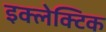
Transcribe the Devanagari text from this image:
इक्लेक्टिक